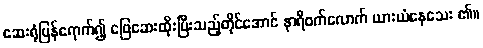
ဆေးရုံပြန်ရောက်၍ ဖြေဆေးထိုးပြီးသည့်တိုင်အောင် နာရီဝက်လောက် ယားယံနေသေး ၏။